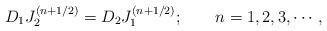
LaTeX: \begin{align*}D_1 J_2^{(n+1/2)} = D_2 J_1^{(n+1/2)}; \qquad n=1,2,3, \cdots ,\end{align*}